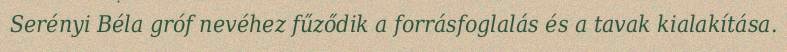
Serényi Béla gróf nevéhez fűződik a forrásfoglalás és a tavak kialakítása.